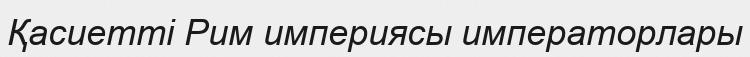
Қасиетті Рим империясы императорлары